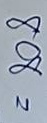
808 =